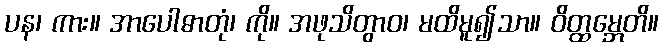
ပန၊ ကား။ အာပေါဓာတုံ၊ ကို။ အဖုသိတွာဝ၊ မထိမူ၍သာ။ ဝိတ္ထမ္ဘေတိ။